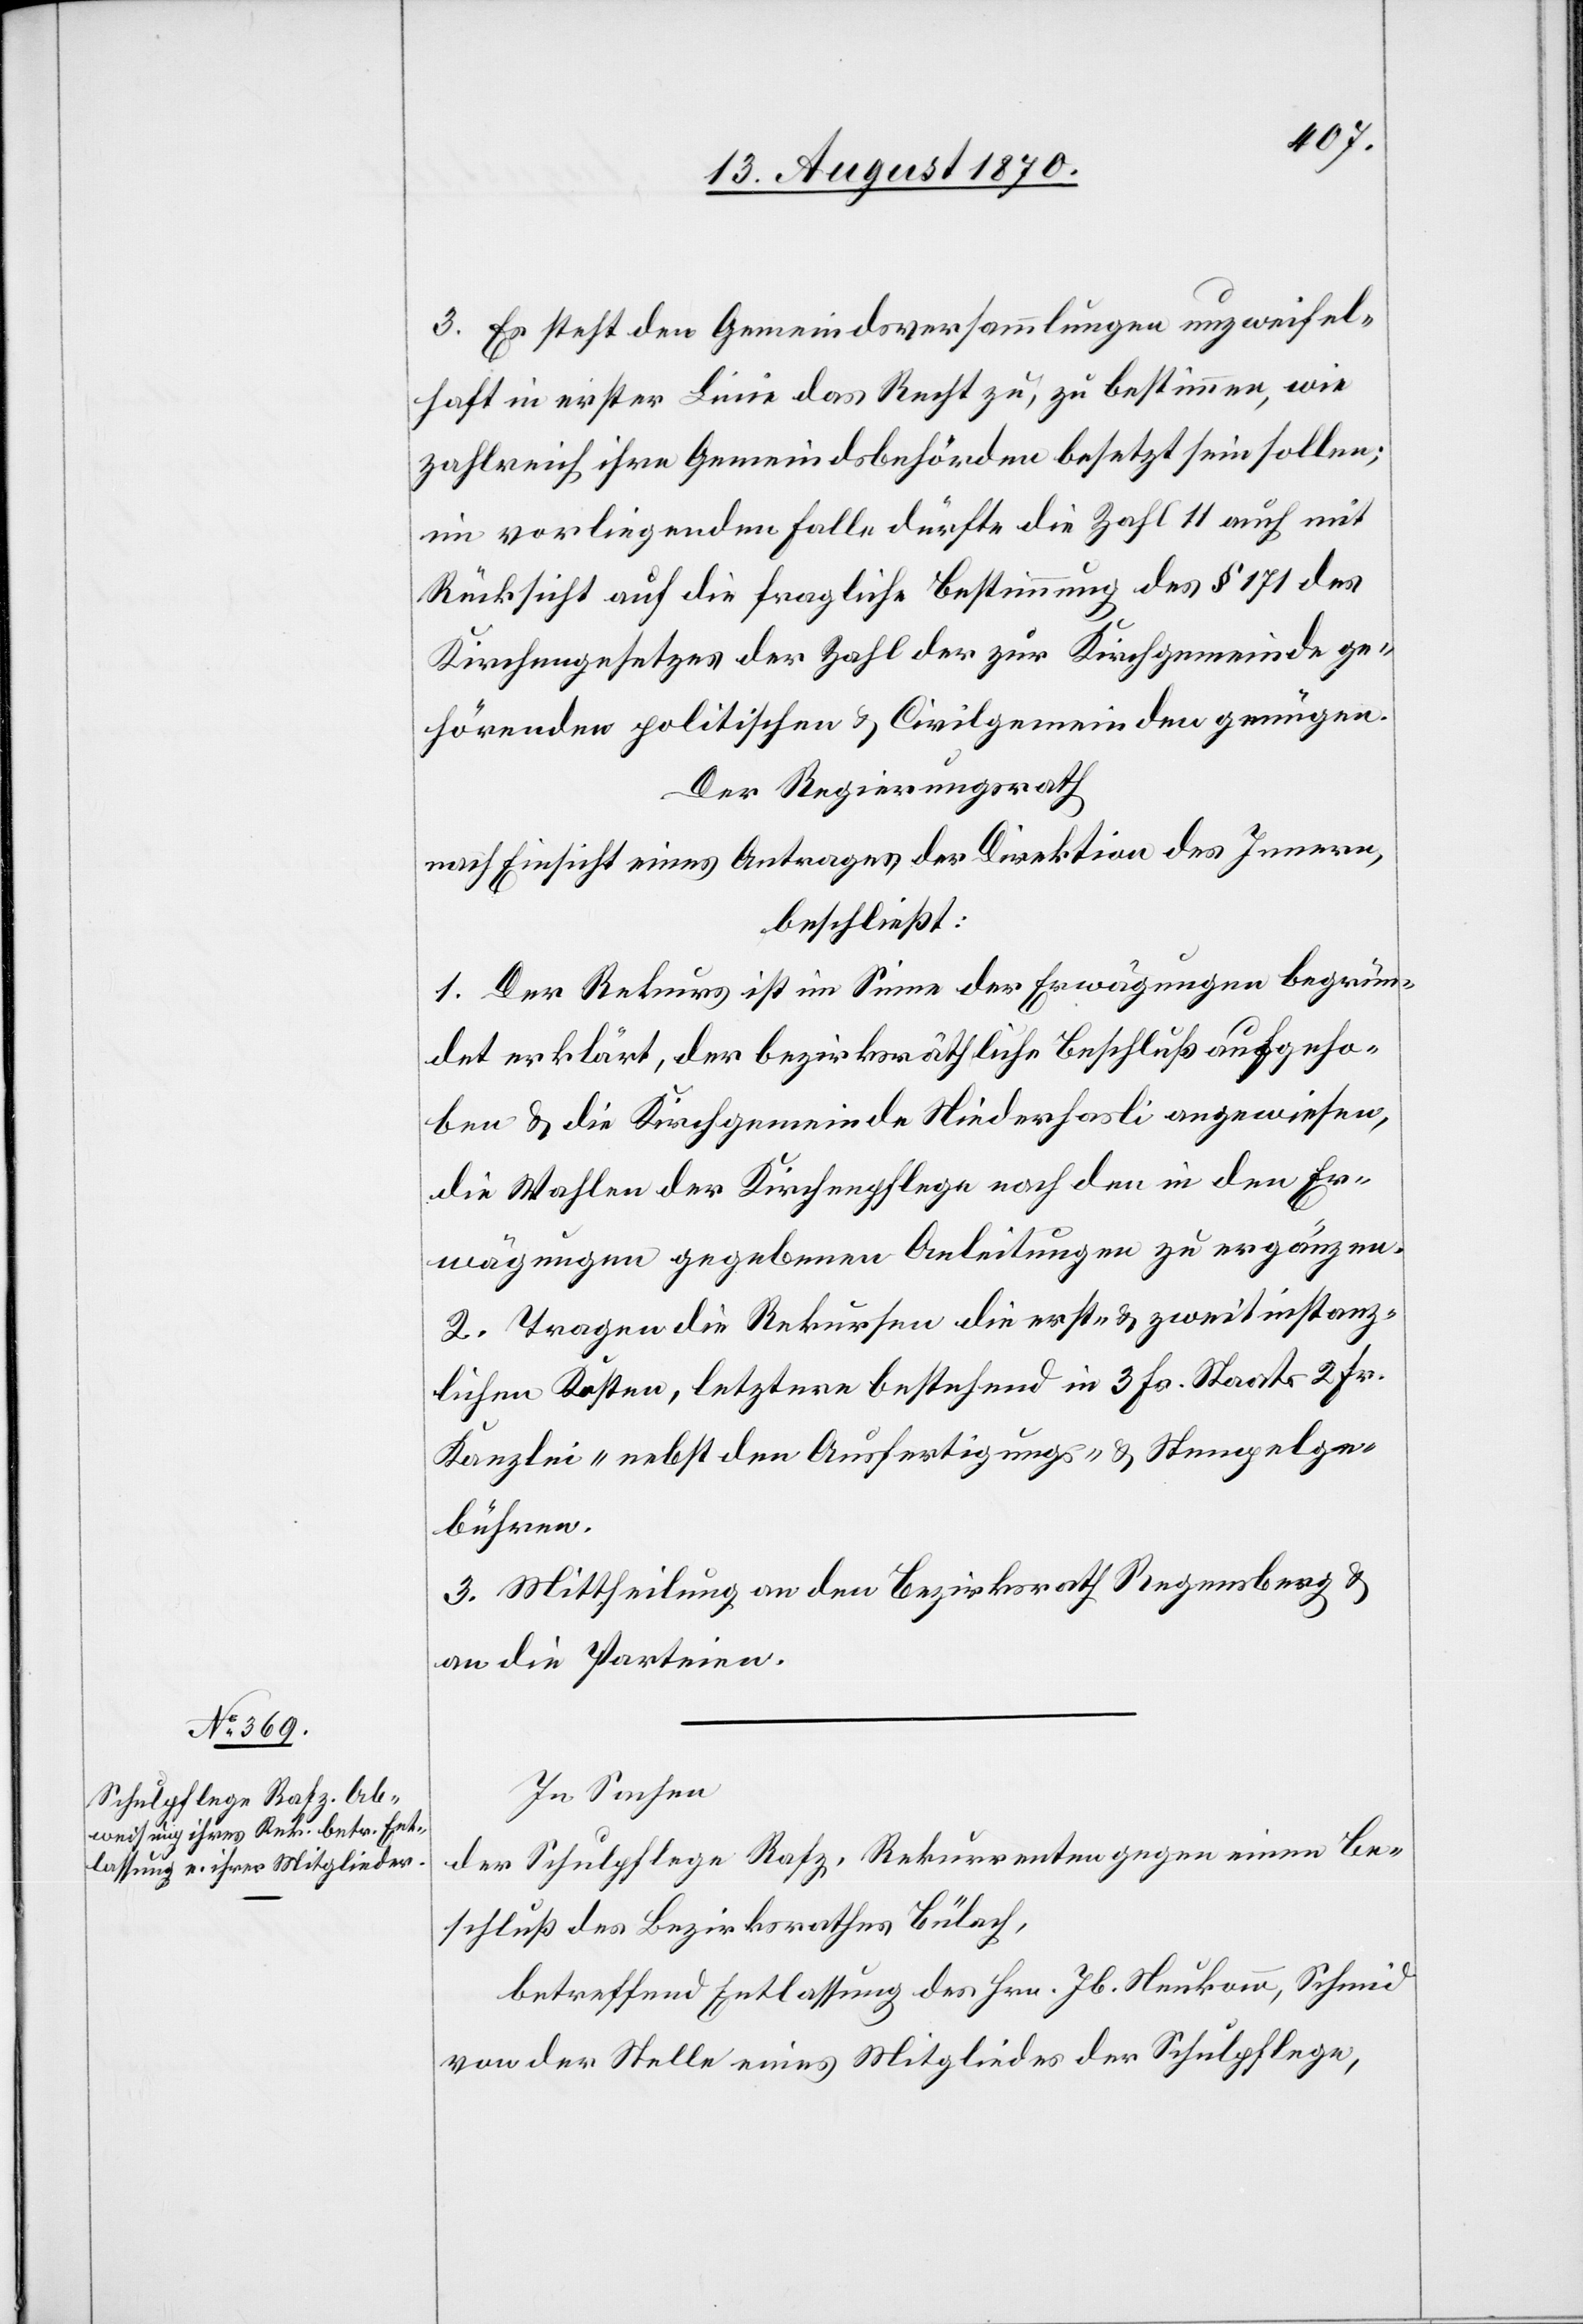
3. Es steht den Gemeindsversammlungen unzweifel¬
haft in erster Linie das Recht zu, zu bestimmen, wie
zahlreich ihre Gemeindsbehörden besetzt sein sollen;
im vorliegenden Falle dürfte die Zahl 11 auch mit
Rücksicht auf die fragliche Bestimmung des § 171 des
Kirchengesetzes der Zahl der zur Kirchgemeinde ge¬
hörenden politischen & Civilgemeinden genügen.
Der Regierungsrath
nach Einsicht eines Antrages der Direktion des Innern,
beschließt:
1. Der Rekurs ist im Sinne der Erwägungen begrün¬
det erklärt, der bezirksräthliche Beschluß aufgeho¬
ben & die Kirchgemeinde Niederhasli angewiesen,
die Wahlen der Kirchenpflege nach den in den Er¬
wägungen gegebenen Anleitungen zu ergänzen.
2. Tragen die Rekursen [sic!] die erst- & zweitinstanz¬
lichen Kosten, letztere bestehend in 3 Fr. Staats 2 Fr.
Kanzlei- nebst den Ausfertigungs- & Stempelge¬
bühren.
3. Mittheilung an den Bezirksrath Regensberg &
an die Parteien.
In Sachen
der Schulpflege Rafz, Rekurrenten gegen einen Be¬
schluß des Bezirksrathes Bülach,
betreffend Entlassung des Hrn. Jb. Neukomm, Schmid
von der Stelle eines Mitgliedes der Schulpflege,